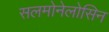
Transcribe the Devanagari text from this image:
सलमोनेलोसिन